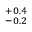
^ { + 0 . 4 } _ { - 0 . 2 }